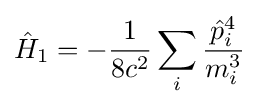
{\hat {H}}_{1}=-{\frac {1}{8c^{2}}}\sum _{i}{\frac {{\hat {p}}_{i}^{4}}{m_{i}^{3}}}